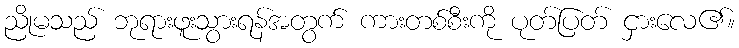
ညိုမသည် ဘုရားဖူးသွားရန်အတွက် ကားတစ်စီးကို ပုတ်ပြတ် ငှားလေ၏။